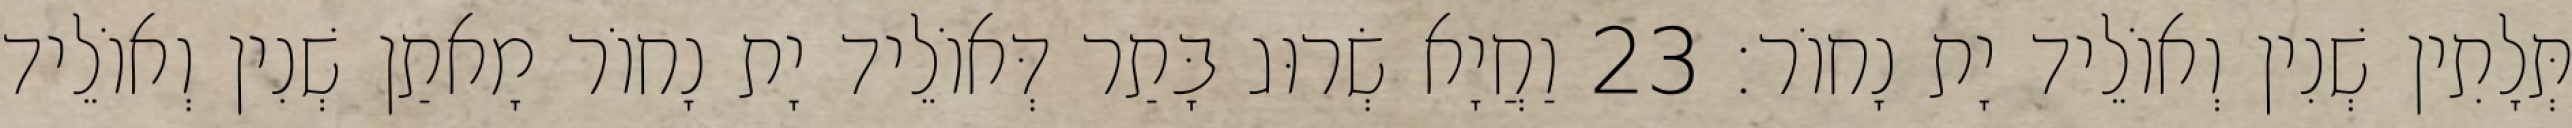
תְּלָתִין שְׁנִין וְאוֹלֵיד יָת נָחוֹר׃ 23 וַחֲיָא שְׂרוּג בָּתַר דְּאוֹלֵיד יָת נָחוֹר מָאתַן שְׁנִין וְאוֹלֵיד